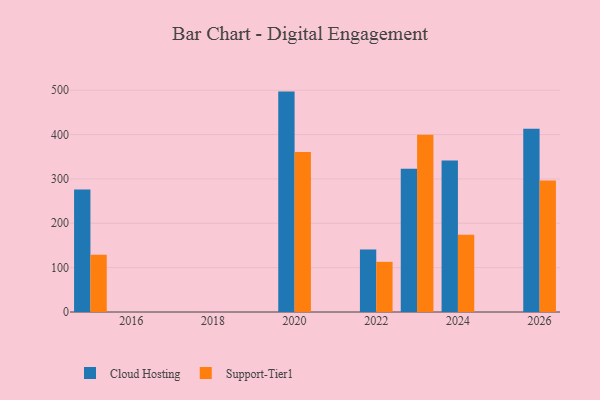
{"axis": {"x": "Year", "y": "Production Output"}, "legend": ["Cloud Hosting", "Support-Tier1"], "data": [{"x": "2022", "y": 140.9, "type": "Cloud Hosting"}, {"x": "2022", "y": 113.1, "type": "Support-Tier1"}, {"x": "2020", "y": 496.9, "type": "Cloud Hosting"}, {"x": "2020", "y": 361.0, "type": "Support-Tier1"}, {"x": "2015", "y": 276.4, "type": "Cloud Hosting"}, {"x": "2015", "y": 128.9, "type": "Support-Tier1"}, {"x": "2026", "y": 413.4, "type": "Cloud Hosting"}, {"x": "2026", "y": 296.2, "type": "Support-Tier1"}, {"x": "2024", "y": 341.6, "type": "Cloud Hosting"}, {"x": "2024", "y": 174.3, "type": "Support-Tier1"}, {"x": "2023", "y": 322.7, "type": "Cloud Hosting"}, {"x": "2023", "y": 399.4, "type": "Support-Tier1"}]}